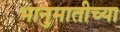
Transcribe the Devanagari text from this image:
भानुमातीच्या